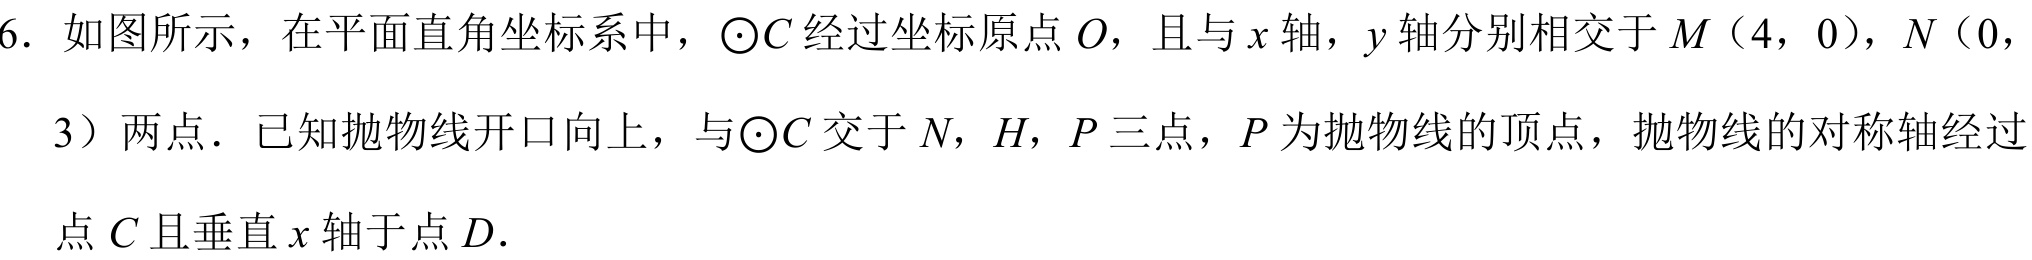
6. 如图所示，在平面直角坐标系中，\(\odot C\) 经过坐标原点 \(O\)，且与 \(x\) 轴，\(y\) 轴分别相交于 \(M（4, 0）\)，\(N（0, 3）\) 两点．已知抛物线开口向上，与\(\odot C\) 交于 \(N\)，\(H\)，\(P\) 三点，\(P\) 为抛物线的顶点，抛物线的对称轴经过点 \(C\) 且垂直 \(x\) 轴于点 \(D\)．